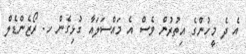
އެ ދެ މީހުންގެ އިތުރުން ވެސް އެ މައްސަލައާ ގުޅިގެން ހ. ރޯޒެންޑެލް